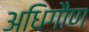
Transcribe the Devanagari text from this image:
अधिगौण